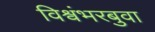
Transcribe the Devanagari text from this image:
विश्वंभरबुवा